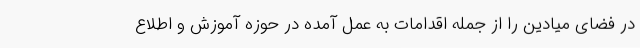
در فضای میادین را از جمله اقدامات به عمل آمده در حوزه آموزش و اطلاع